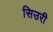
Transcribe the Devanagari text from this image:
सिउरी